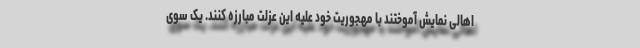
اهالی نمایش آموختند با مهجوریت خود علیه این عزلت مبارزه کنند. یک سوی